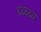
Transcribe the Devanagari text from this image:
ब्ब्ब्ब्ब्